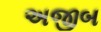
અજીબ